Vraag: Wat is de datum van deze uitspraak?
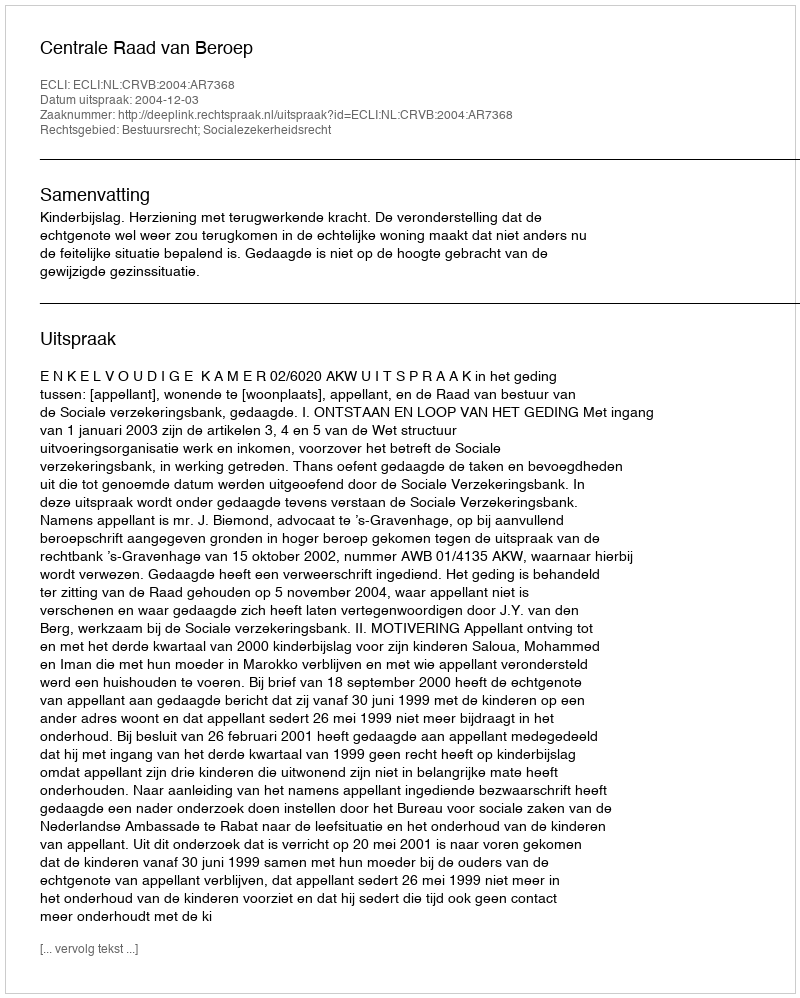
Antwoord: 2004-12-03